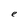
Character: e